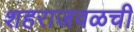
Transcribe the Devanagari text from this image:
शहराजवळची